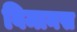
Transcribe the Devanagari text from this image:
विमानस